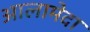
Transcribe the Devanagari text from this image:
आलामेदा